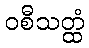
ဝစီသတ္ထံ